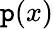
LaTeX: \mathtt{p}(x)